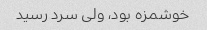
خوشمزه بود، ولی سرد رسید